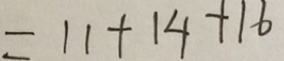
= 1 1 + 1 4 + 1 6